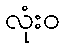
လုံးဝ